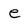
Character: e